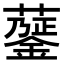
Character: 𧁅